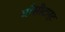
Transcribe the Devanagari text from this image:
वाँसीटार्ट